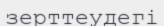
зерттеудегі